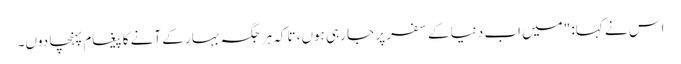
اس نے کہا: "میں اب دنیا کے سفر پر جا رہی ہوں، تاکہ ہر جگہ بہار کے آنے کا پیغام پہنچا دوں۔